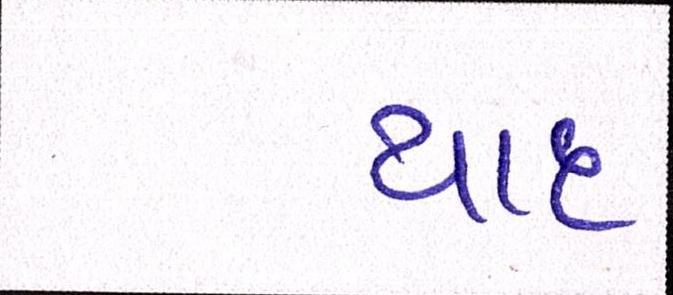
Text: યાદ